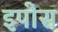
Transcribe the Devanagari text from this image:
इपोस